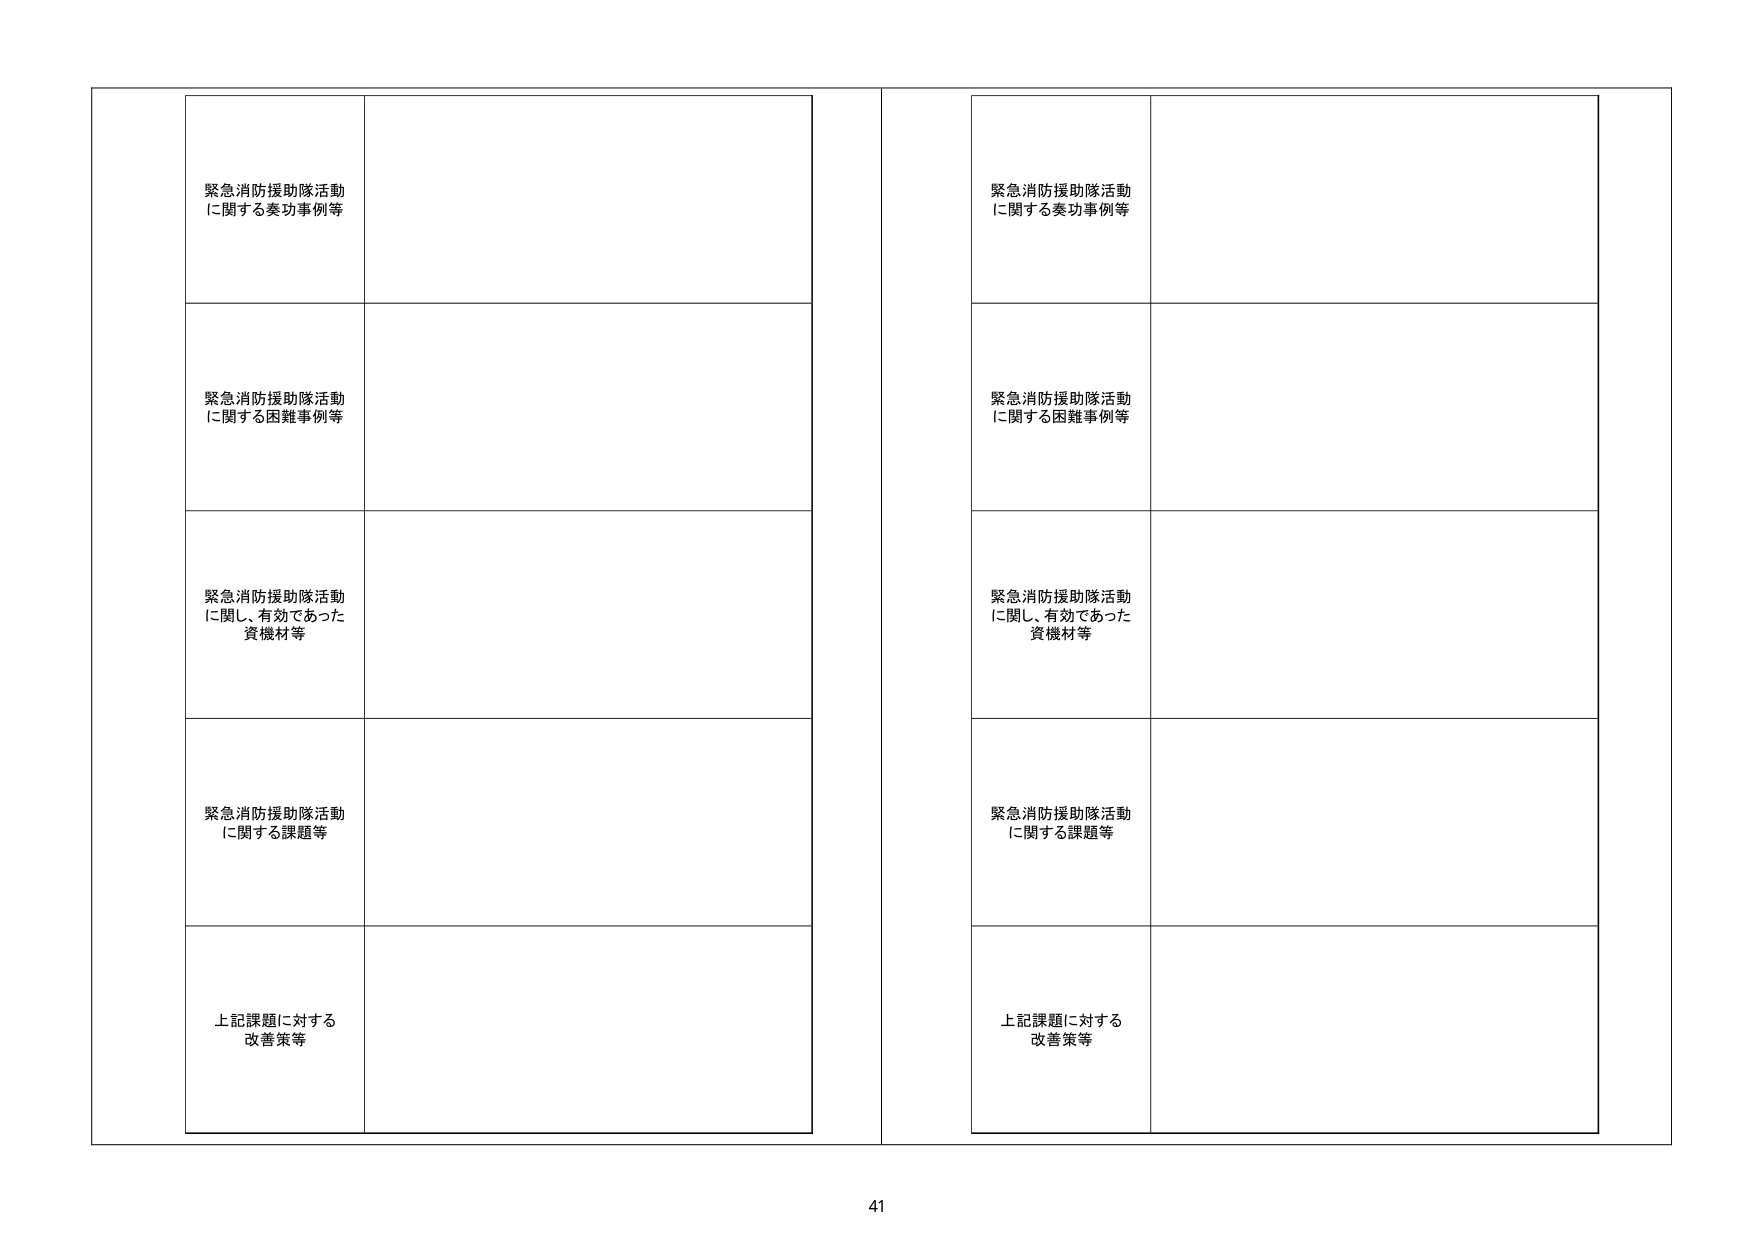
緊急消防援助隊活動
に関する奏功事例等

緊急消防援助隊活動
に関する困難事例等

緊急消防援助隊活動
に関し、有効であった
資機材等

緊急消防援助隊活動
に関する課題等

上記課題に対する
改善策等

緊急消防援助隊活動
に関する奏功事例等

緊急消防援助隊活動
に関する困難事例等

緊急消防援助隊活動
に関し、有効であった
資機材等

緊急消防援助隊活動
に関する課題等

上記課題に対する
改善策等

41